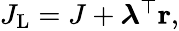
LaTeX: \begin{array}{r}{J_{\mathrm{L}}=J+\boldsymbol{\lambda}^{\top}{\mathbf r},}\end{array}